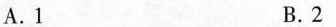
A.1 B.2